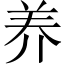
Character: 养